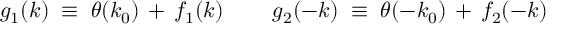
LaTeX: g _ { 1 } ( k ) \; \equiv \; \theta ( k _ { 0 } ) \, + \, f _ { 1 } ( k ) \; \; \; \; \; \; \; \; g _ { 2 } ( - k ) \; \equiv \; \theta ( - k _ { 0 } ) \, + \, f _ { 2 } ( - k )